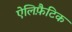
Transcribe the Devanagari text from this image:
ऐलिफ़ैटिक